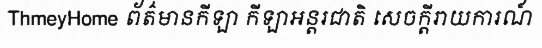
ThmeyHome ព័ត៌មានកីឡា កីឡាអន្តរជាតិ សេចក្តីរាយការណ៍